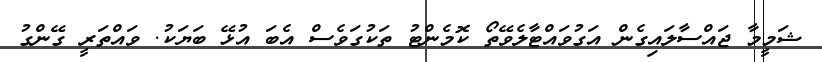
ޝަމީމާ ޖައްސާލައިގެން އަގުވައްޓާލެވޭތޯ ކޮމެންޓު ތަކުގަވެސް އެބަ އުޅޭ ބަޔަކު. ވައްތަރީ ގޭންގު